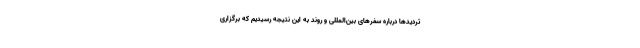
تردیدها درباره سفرهای بین‌المللی و روند به این نتیجه رسیدیم که برگزاری